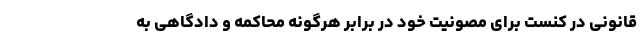
قانونی در کنست برای مصونیت خود در برابر هرگونه محاکمه و دادگاهی به